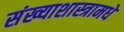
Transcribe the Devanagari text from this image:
संख्याशास्त्रामधे